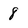
Character: 8